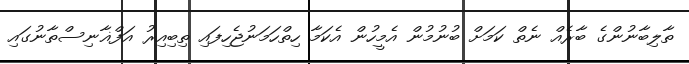
ތާލިބާނުންގެ ބާރެއް ނެތް ކަމަށް ބުނުމުން އެމީހުން އެކަމާ ހިތްހަމަނުޖެހިފައި ތިބިއިރު އަފްޣާނިސްތާނުގައި